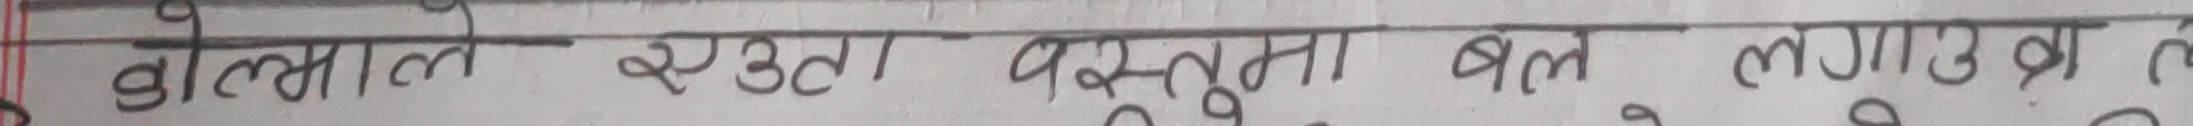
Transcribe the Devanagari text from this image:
गोल्माल रगटा वस्तुना बल लगाउत्रा